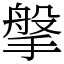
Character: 搫